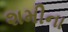
શમીના